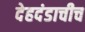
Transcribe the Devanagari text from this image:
देहदंडाचीच